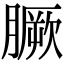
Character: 𦠑